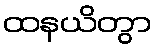
ထနယိတွာ